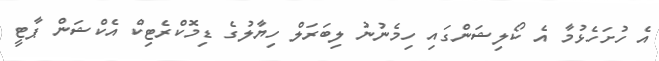
އެ ހުށަހެޅުމާ އެ ކޯލިޝަންގައި ހިމެނުނު ލިބަރަލް ހިޔާލުގެ ޑިމޮކްރެޓިކް އެކްޝަން ޕާޓީ